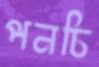
পনচি